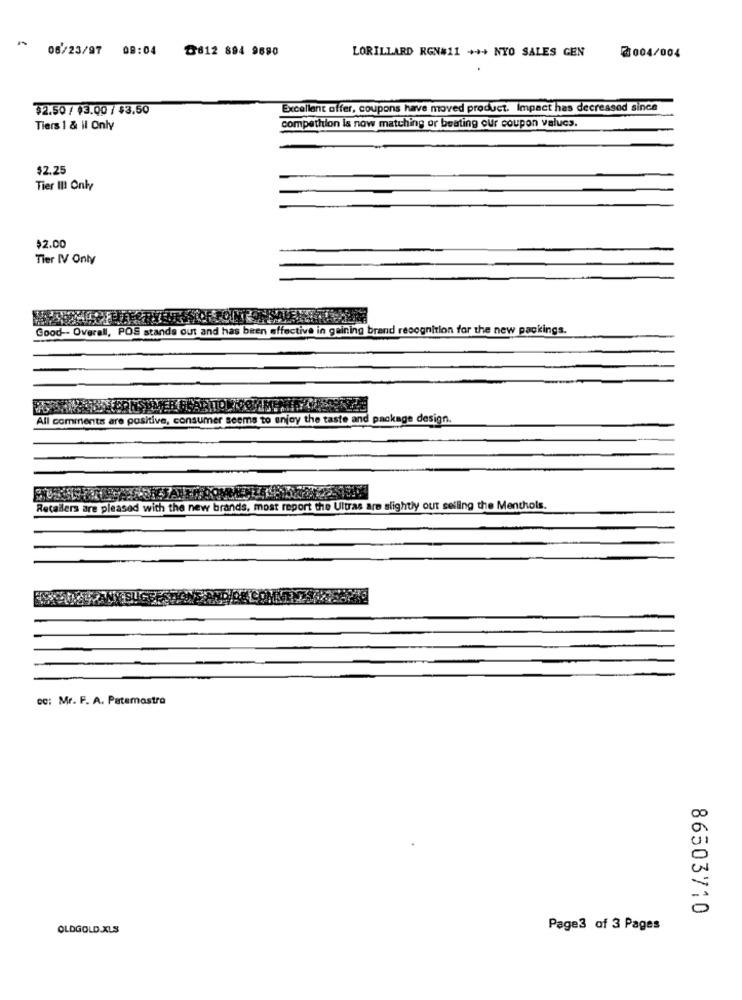
06/23/97 08:04
₱612 894 9690
LORILLARD RGN#11 +++ NYO SALES GEN
2004/004
$2.50 / $3.00 / $3.50
Excellent offer, coupons have moved product. Impact has decreased since
compethion is now matching or beating our coupon valucs.
Tiers 1 & il Only
$2.25
Tier III Only
$2.00
Tier IV Only
Good -- Overall, POS stands out and has been effective in gaining brand recognition for the new packings.
All comments
consumer
to enjoy the taste and package design.
Recallers are pleased with the new brands, most report the Ultras are slightly out selling the Menthols.
cc: Mr. F. A. Patemostra
86503710
OLDGOLD.XLS
Page3 of 3 Pages